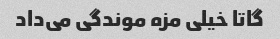
گاتا خیلی مزه موندگی می‌داد